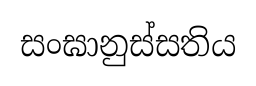
සංඝානුස්සතිය